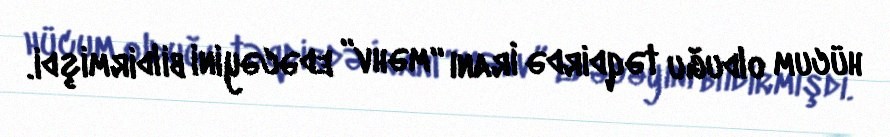
hücum olduğu təqdirdə İranı “məhv” edəcəyini bildirmişdi.